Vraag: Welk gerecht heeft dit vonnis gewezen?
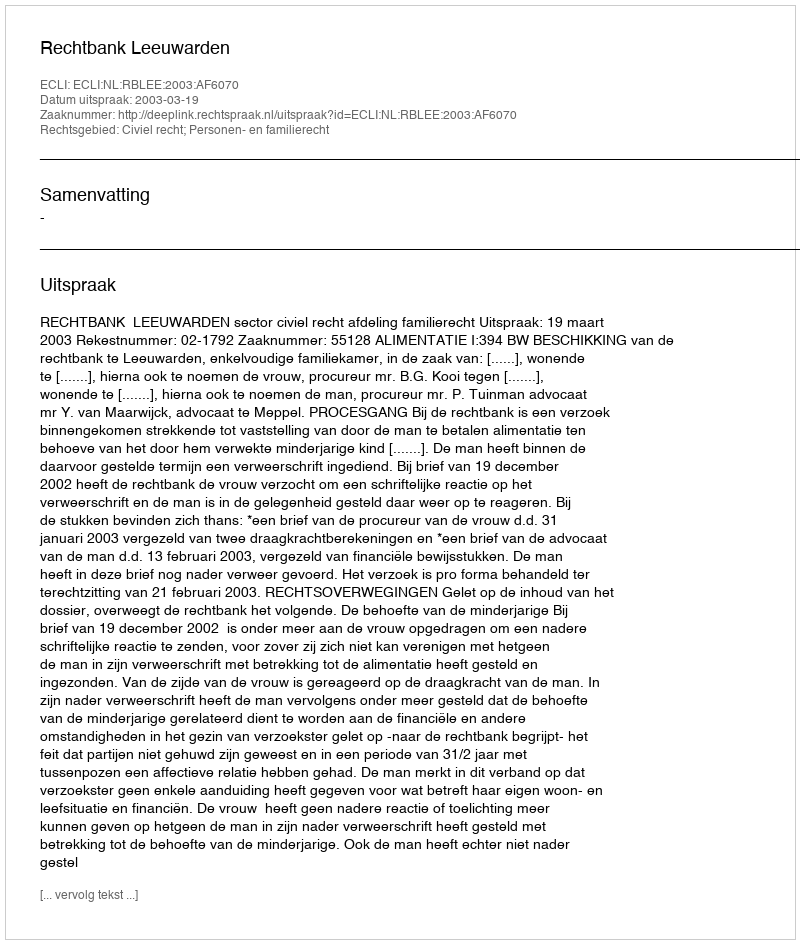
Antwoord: Rechtbank Leeuwarden